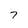
Character: 7